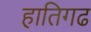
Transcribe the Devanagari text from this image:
हातिगढ